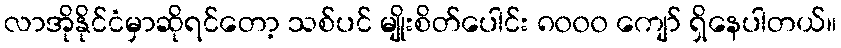
လာအိုနိုင်ငံမှာဆိုရင်တော့ သစ်ပင် မျိုးစိတ်ပေါင်း ၈၀၀၀ ကျော် ရှိနေပါတယ်။